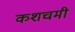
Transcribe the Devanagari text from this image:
कशचमी